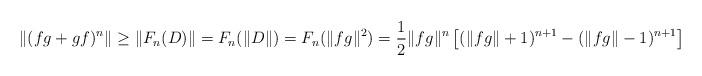
LaTeX: \begin{align*}\|(fg + gf)^n\| \ge \|F_n(D)\| = F_n(\|D\|) = F_n(\|fg\|^2) = \frac12 \|fg\|^n \left[ (\|fg\| + 1)^{n+1} - (\|fg\| - 1)^{n+1} \right]\end{align*}